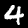
Digit: 4